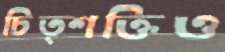
চিত্শক্তিও